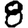
Digit: 8